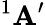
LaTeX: ^{1}\mathbf{A}^{\prime}